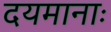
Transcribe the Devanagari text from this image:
दयमानाः